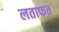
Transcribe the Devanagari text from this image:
लताफत